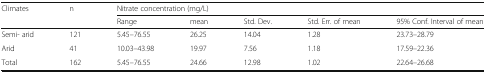
<table><thead><tr><td rowspan="2"><b>Climates</b></td><td rowspan="2"><b>n</b></td><td colspan="5"><b>Nitrate concentration (mg/L)</b></td></tr><tr><td><b>Range</b></td><td><b>mean</b></td><td><b>Std. Dev.</b></td><td><b>Std. Err. of mean</b></td><td><b>95% Conf. Interval of mean</b></td></tr></thead><tbody><tr><td>Semi- arid</td><td>121</td><td>5.45–76.55</td><td>26.25</td><td>14.04</td><td>1.28</td><td>23.73–28.79</td></tr><tr><td>Arid</td><td>41</td><td>10.03–43.98</td><td>19.97</td><td>7.56</td><td>1.18</td><td>17.59–22.36</td></tr><tr><td>Total</td><td>162</td><td>5.45–76.55</td><td>24.66</td><td>12.98</td><td>1.02</td><td>22.64–26.68</td></tr></tbody></table>